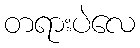
တရားပဲလေ